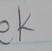
Signature authenticity: forged